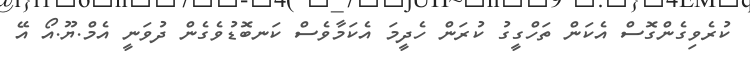
ކުރެވިގެންގޮސް އެކަން ތަހްގީގު ކުރަން ހެދީމަ އެކަމާވެސް ކަނބޮޑުވެގެން ދުވަނީ އެމް.ޔޫ.އޯ އޭ